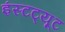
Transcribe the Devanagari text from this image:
इंस्‍टट्यूट